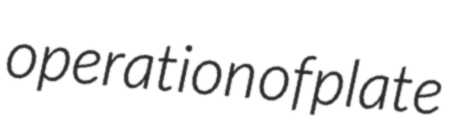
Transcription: operation of plate